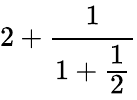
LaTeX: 2+{\cfrac{1}{1+{\cfrac{1}{2}}}}